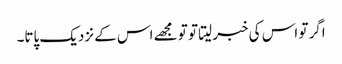
اگر تو اس کی خبر لیتا تو تو مجھے اس کے نزدیک پاتا۔